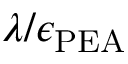
\lambda / \epsilon _ { \mathrm { P E A } }